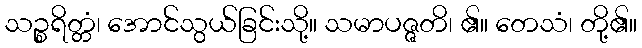
သဉ္စရိတ္တံ၊ အောင်သွယ်ခြင်းသို့။ သမာပဇ္ဇတိ၊ ၏။ တေသံ၊ တို့၏။